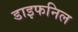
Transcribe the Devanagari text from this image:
डाइफनिल